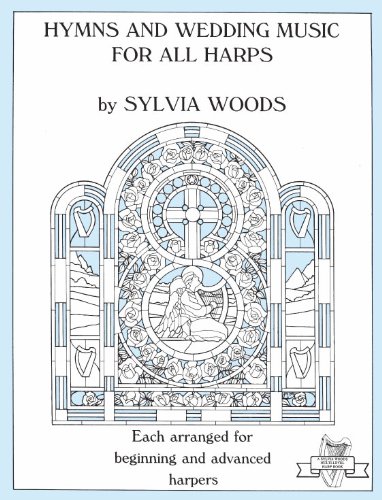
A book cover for Hymns and Wedding Music for All Harps (Sylvia Woods Multi-Level Harp Books); Sylvia Woods; Christian Books & Bibles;